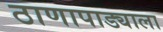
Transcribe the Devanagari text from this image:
ठाणापाड्याला